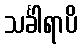
သင်္ခါရာပိ